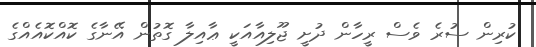
ކުރިން ސުރެ ވެސް ރީހާން ދުށީ ޖޫލިއާއަކީ ޢާއިލާ ގޮތުން އޭނާގެ ކޮއްކޮއެއްގެ